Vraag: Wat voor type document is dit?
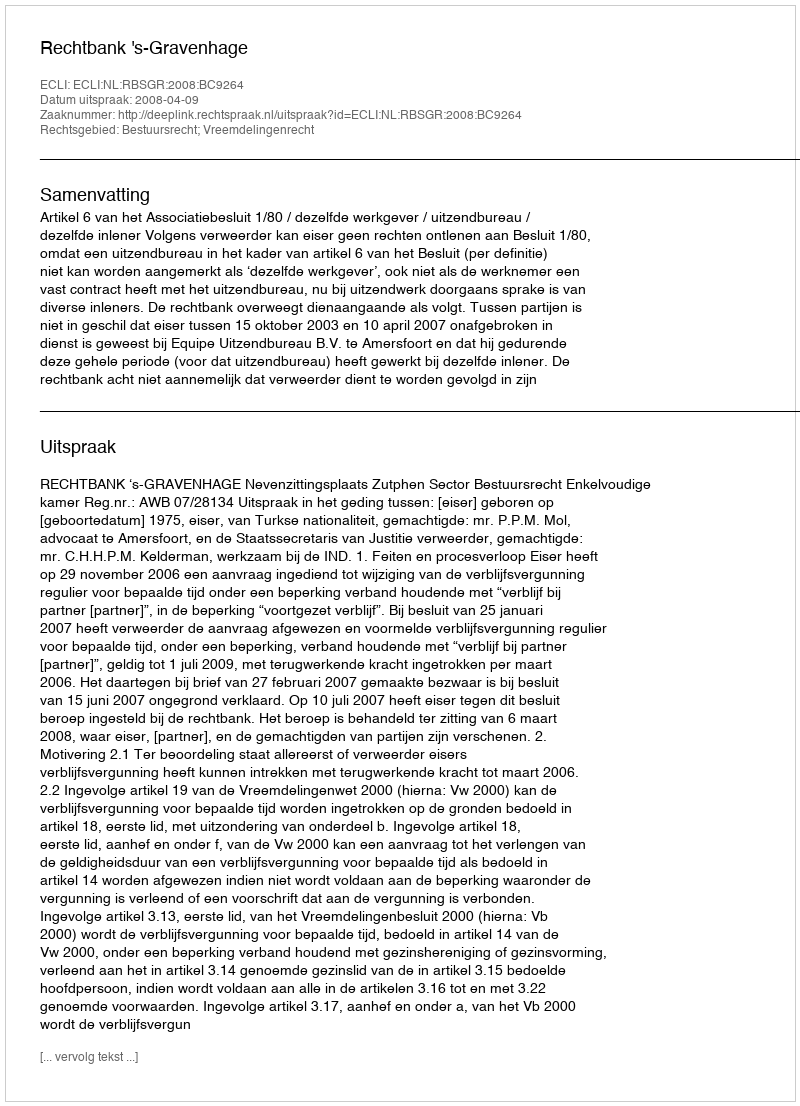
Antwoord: Uitspraak